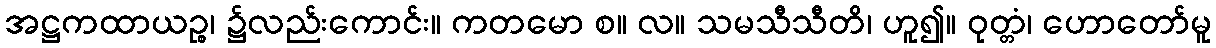
အဋ္ဌကထာယဉ္စ၊ ၌လည်းကောင်း။ ကတမော စ။ လ။ သမသီသီတိ၊ ဟူ၍။ ဝုတ္တံ၊ ဟောတော်မူ